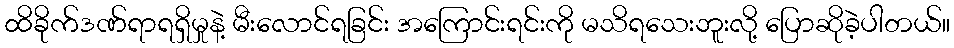
ထိခိုက်ဒဏ်ရာရရှိမှုနဲ့ မီးလောင်ရခြင်း အကြောင်းရင်းကို မသိရသေးဘူးလို့ ပြောဆိုခဲ့ပါတယ်။